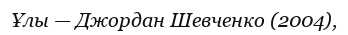
Ұлы — Джордан Шевченко (2004),